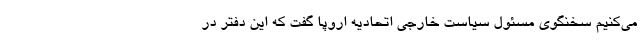
می‌کنیم سخنگوی مسئول سیاست خارجی اتحادیه اروپا گفت که این دفتر در